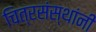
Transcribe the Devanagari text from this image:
चित्रसंस्थांनी